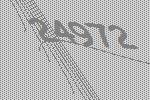
24972